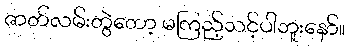
ဇာတ်လမ်းတွဲတော့ မကြည့်သင့်ပါဘူးနော်။